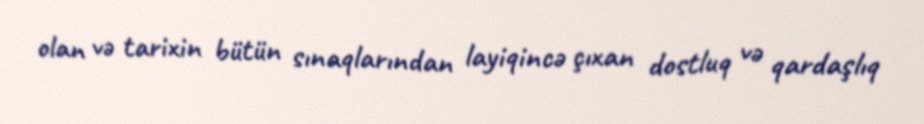
olan və tarixin bütün sınaqlarından layiqincə çıxan dostluq və qardaşlıq